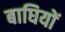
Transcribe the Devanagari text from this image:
बाघियों